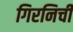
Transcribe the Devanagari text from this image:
गिरनिची